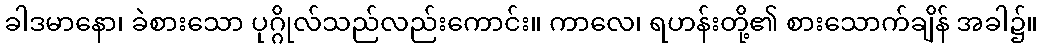
ခါဒမာနော၊ ခဲစားသော ပုဂ္ဂိုလ်သည်လည်းကောင်း။ ကာလေ၊ ရဟန်းတို့၏ စားသောက်ချိန် အခါ၌။